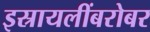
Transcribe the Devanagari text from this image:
इस्रायलींबरोबर